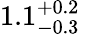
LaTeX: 1.1_{-0.3}^{+0.2}\, \